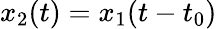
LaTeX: x_{2}(t)=x_{1}(t-t_{0})